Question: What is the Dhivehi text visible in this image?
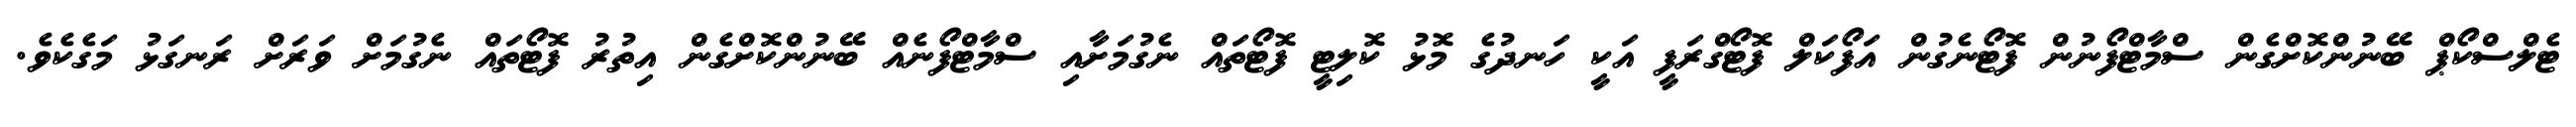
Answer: ޓެލްސްކޯޕް ބޭނުންކޮށްގެން ސްމާޓްފޯނުން ފޮޓޯނެގުން އަފޯކަލް ފޮޓޯގްރަފީ އަކީ ހަނދުގެ މޮޅު ކޮލިޓީ ފޮޓޯތައް ނެގުމަށާއި ސްމާޓްފޯނެއް ބޭނުންކޮށްގެން އިތުރު ފޮޓޯތައް ނެގުމަށް ވަރަށް ރަނގަޅު މަގެކެވެ.